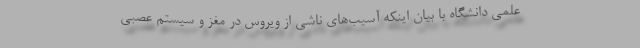
علمی دانشگاه با بیان اینکه آسیب‌های ناشی از ویروس در مغز و سیستم عصبی